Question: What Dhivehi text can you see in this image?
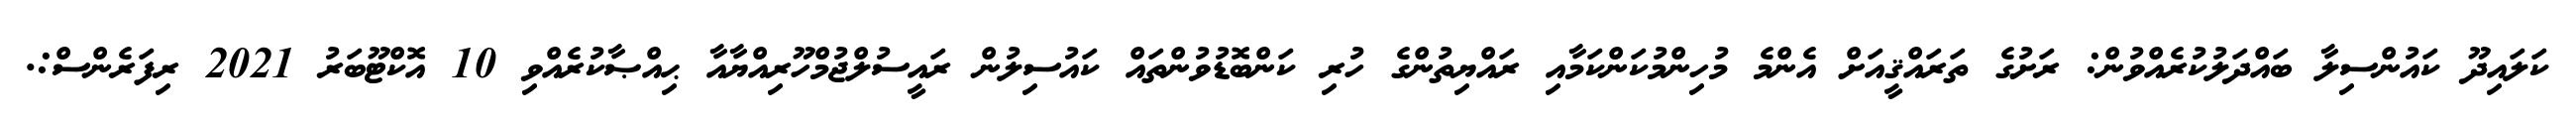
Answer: ކަލައިދޫ ކައުންސިލާ ބައްދަލުކުރެއްވުން: ރަށުގެ ތަރައްޤީއަށް އެންމެ މުހިންމުކަންކަމާއި ރައްޔިތުންގެ ހުރި ކަންބޮޑުވުންތައް ކައުސިލުން ރައީސުލްޖުމްހޫރިއްޔާއާ ޙިއްޞާކުރެއްވި 10 އޮކްޓޫބަރު 2021 ރިފަރެންސް:.